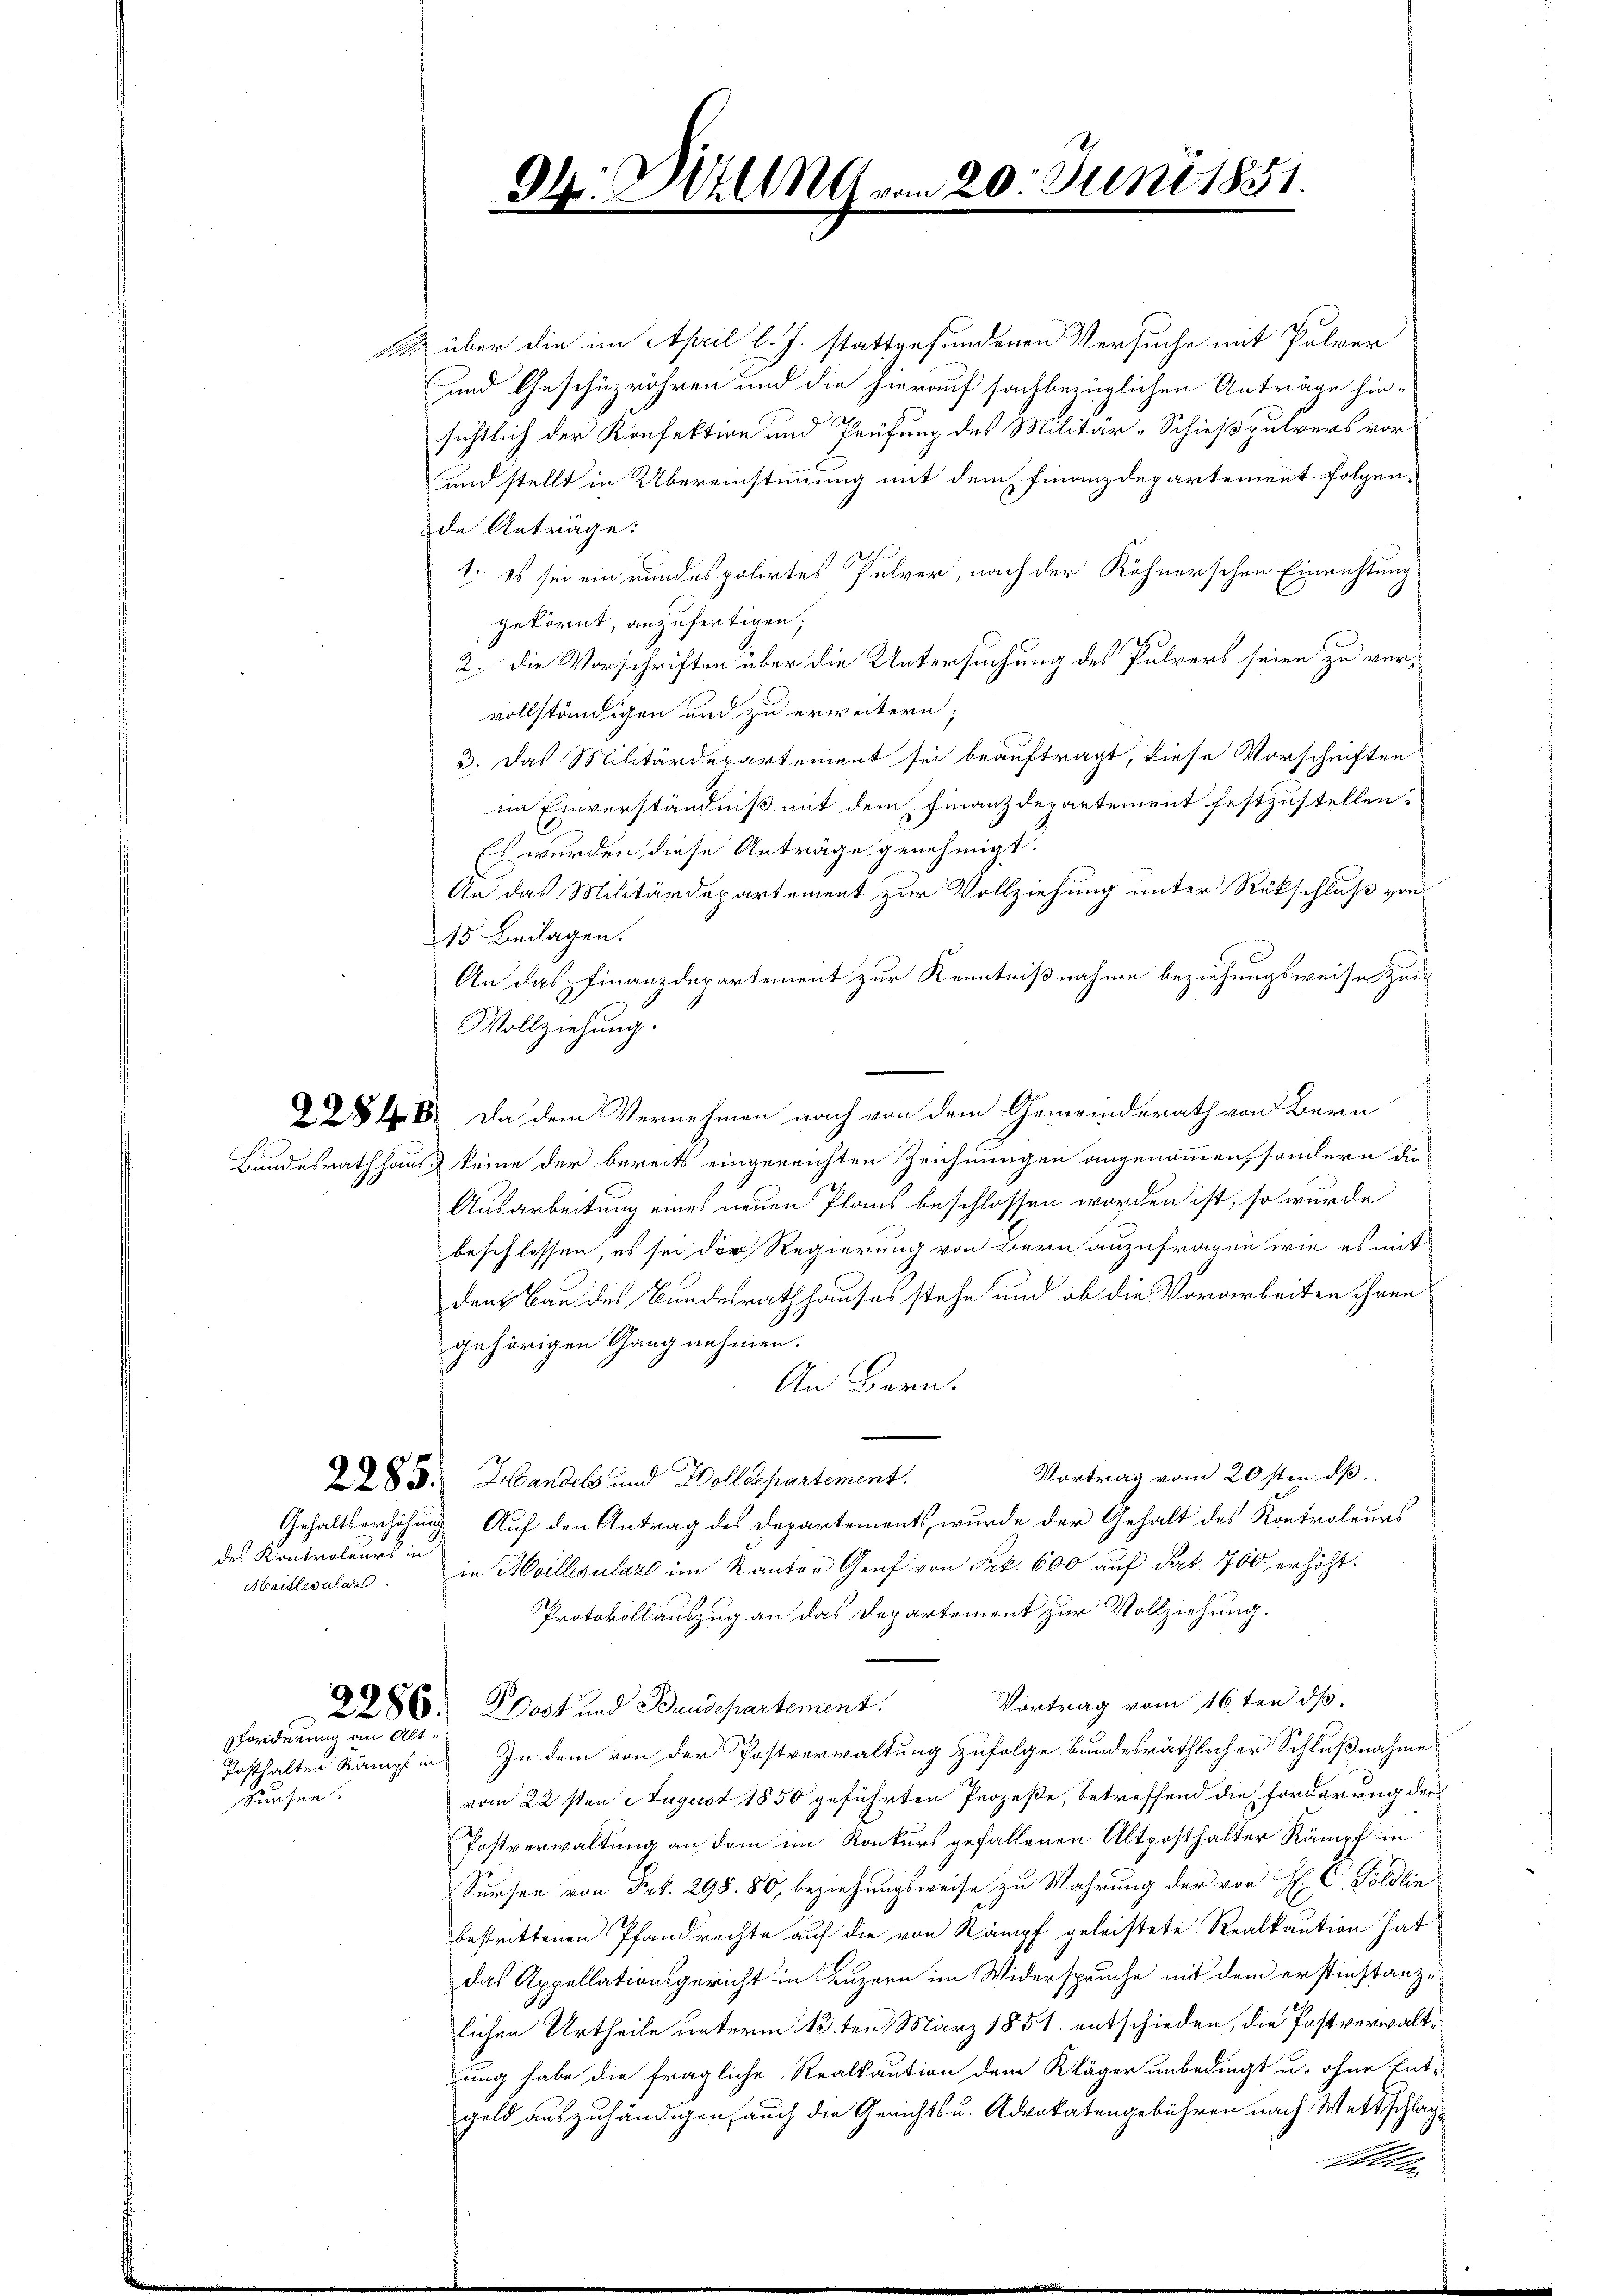
des Kontroleurs in
Maidlesulat

Forderung an Alt

Sursen.

Dh. Bull von 20. Juni 1851.

1 über die im April l. J. stattgefundenen Versuche mit Pulver
und Geschüzröhren und die hierauf sachbezüglichen Anträge hinsichtlich der Konfektion und Prüfung des Militär-Schießpulvers vor
und stellt in Übereinstimmung mit dem Finanzdepartement folgende Anträge:
1. Es sei ein rundes polirtes Pulver, nach der Röhnerschen Einrichtung
gekörnt, anzufertigen,
2. die Vorschriften über die Untersuchung des Pulvers seien zu vervollständigen und zu erweitern;
3. Das Militärdepartement sei beauftragt, diese Vorschriften
im Einverständniß mit dem Finanzdepartement festzustellen,
Es wurden diese Anträge genehmigt.
An das Militärdepartement zur Vollziehung unter Rükschluß von
15 Beilagen.
An das Finanzdepartement zur Kenntnißnahme beziehungsweise Zur
Wollziehung.
48. Da dem Vernehmen nach von dem Gemeinderath von Bern
Bundesrathhaus keine der bereits eingereichten Zeichnungen angenommen, sondern die
Ausarbeitung eines neuen Plans beschlossen worden ist, so wurde
beschlossen, es sei der Regierung von Bern anzufragen wie es mit
dent Bau des Bundesrathhauses stehe und ob die Vorarbeiten ihren
gehörigen Gang nehmen.
An Bern.
Vortrag vom 20sten d
2283. Handels und Wolldepartement.
Gehaltserhöhung Auf den Antrag des Departements, wurde der Gehalt des Kontroleurs
in Heillesulaz im Kanton Genf von Frk. 600 auf Frk. 700 erhöht.
Protokoll auszug an das Departement zur Vollziehung.
Vortrag vom 16ten d
2286: Wost und Baudepartement
Posthalten Kämpf in In dem von der Postverwaltung zufolge bundesräthlicher Schlußnahmes
vom 22sten August 1850 geführten Prozeße, betreffend die Forderung der
Postverwaltung an dem im Konkurs gefallenen Altposthalter Kämpf in
Sursen von Frk. 298. 80, beziehungsweise zu Wahrung der von H. C. Göldlin
bestrittenen Pfandrechte auf die von Kämpf geleistete Realkaution hat
das Appellationsgericht in Luzern im Widerspruche mit dem erstinstanzlichen Urtheile unterm 13ten März 1851 entschieden, die Postverwaltung habe die fragliche Realkaution dem Kläger unbedingt u. ohne Ent-
geld auszuhändigen, auch die Gerichts u. Advokatengebühren nach Wettschlag
e
In